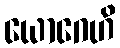
ယောဂေဟိ